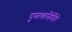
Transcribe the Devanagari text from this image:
पुस्तकनिर्मिती